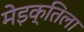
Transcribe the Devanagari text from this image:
मेइक्तिला